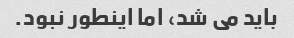
باید می شد، اما اینطور نبود.